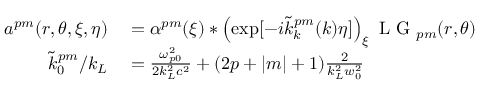
\begin{array} { r l } { a ^ { p m } ( r , \theta , \xi , \eta ) } & { { } = \alpha ^ { p m } ( \xi ) \ast \left( \exp [ - i \tilde { k } _ { k } ^ { p m } ( k ) \eta ] \right) _ { \xi } \mathrm { ~ L ~ G ~ } _ { p m } ( r , \theta ) } \\ { \tilde { k } _ { 0 } ^ { p m } / k _ { L } } & { { } = \frac { \omega _ { p 0 } ^ { 2 } } { 2 k _ { L } ^ { 2 } c ^ { 2 } } + ( 2 p + | m | + 1 ) \frac { 2 } { k _ { L } ^ { 2 } w _ { 0 } ^ { 2 } } } \end{array}